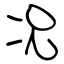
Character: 况